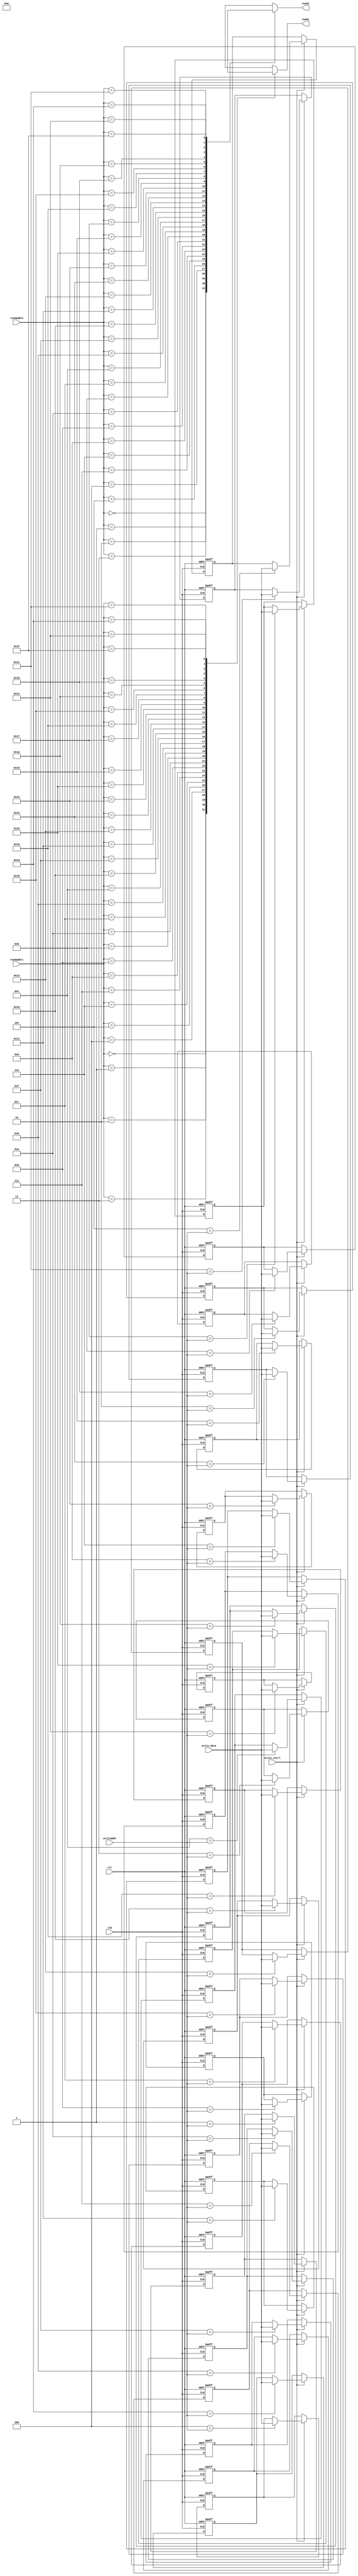
module REGISTERS( 
  input wire [4:0] readaddr1,
  input wire [4:0] readaddr2,
  input wire [4:0] writeaddr,
  input wire [31:0] write_data,
  input wire write_cntrl,
  input clk,
  input clr,
  output reg [31:0] read1,
  output reg [31:0] read2
);
  
  reg [31:0]REG[31:0];
  genvar i;
  
  assign REG[0]=32'd0;
  assign read1=REG[readaddr1];
  assign read2=REG[readaddr2];    

  generate 
    for (i=1; i<31; i=i+1) begin
      always @(posedge clk or posedge clr) begin
        if (clr==1) begin
          REG[i]<=32'd0;
        end
        else if (write_cntrl==1) begin
            if (i == writeaddr) begin
              REG[i] = write_data;
            end
        end
      end  
    end  
  endgenerate      
endmodule